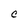
Character: C